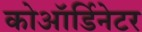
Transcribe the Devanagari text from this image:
कोऑर्डिनेटर